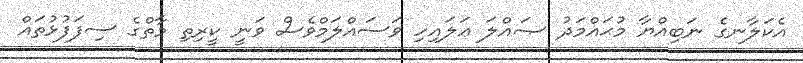
އެކަލާނގެ ނަބިއްޔާ މުޙައްމަދު ޞައްލަ ޢަލައިހި ވަސައްލަމްވެސް ވަނީ ކީރިތި މާތްގެ ސިފަފުޅުތައް